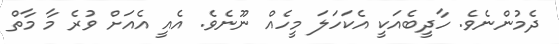
ދެމުންނެވެ. ހާދީބެއަކީ އެކަހަލަ މީހެއް ނޫނެވެ. އެއީ އެއަށް ވުރެ މާ މާތް